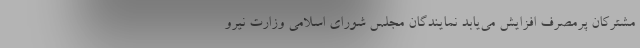
مشترکان پرمصرف افزایش می‌یابد نمایندگان مجلس شورای اسلامی وزارت نیرو